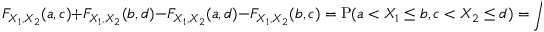
F _ { X _ { 1 } , X _ { 2 } } ( a , c ) + F _ { X _ { 1 } , X _ { 2 } } ( b , d ) - F _ { X _ { 1 } , X _ { 2 } } ( a , d ) - F _ { X _ { 1 } , X _ { 2 } } ( b , c ) = \operatorname { P } ( a < X _ { 1 } \leq b , c < X _ { 2 } \leq d ) = \int . . .